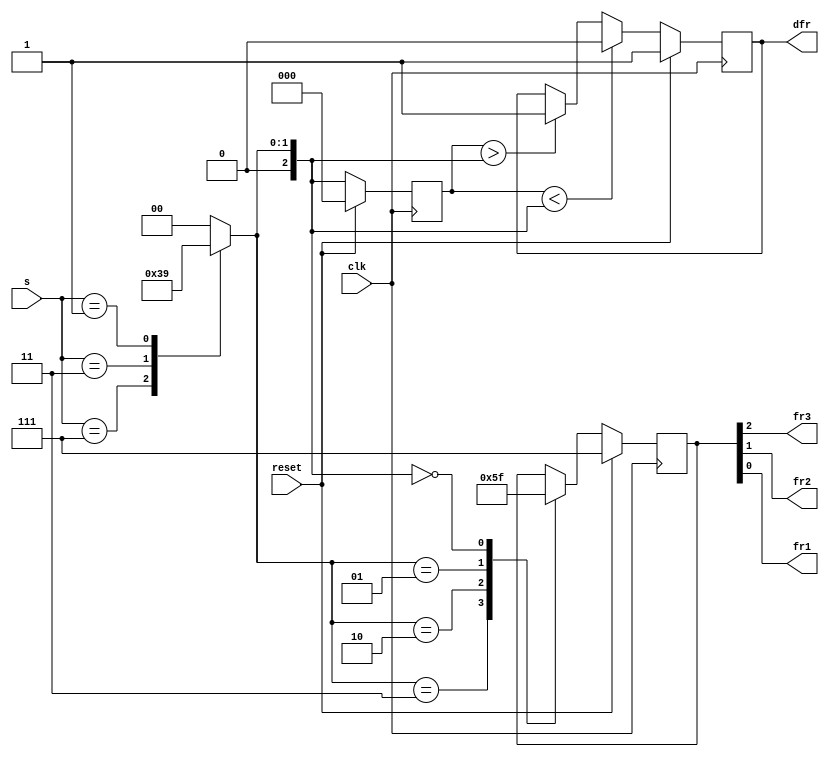
// Mealy machine seems to be better for this problem = = 
module top_module (
    input clk,
    input reset,
    input [3:1] s,
    output fr3,
    output fr2,
    output fr1,
    output reg dfr
); 
    parameter S0 = 2'd0, S1 = 2'd1, S2 = 2'd2, S3 = 2'd3;
    reg [2:0] state, next_state;

    reg [2:0] fr;
    assign {fr3, fr2, fr1} = fr;

    always @(*) begin
        case (s) 
            3'b111:  next_state = S3;
            3'b011:  next_state = S2;
            3'b001:  next_state = S1;
            default: next_state = S0;
        endcase
    end

    always @(posedge clk) begin
        if (reset) state <= S0; 
        else       state <= next_state;
    end

    always @(posedge clk) begin
        if (reset) begin 
            {dfr, fr} <= 4'b1111;
        end 
        else begin
            case (next_state) 
                S3: fr <= 3'b000; 
                S2: fr <= 3'b001;
                S1: fr <= 3'b011;
                S0: fr <= 3'b111;
            endcase

            if (state < next_state)      
                dfr <= 1'b0;
            else if (state > next_state) 
                dfr <= 1'b1;
            else // state == next_state
                dfr <= dfr;
        end
    end

endmodule